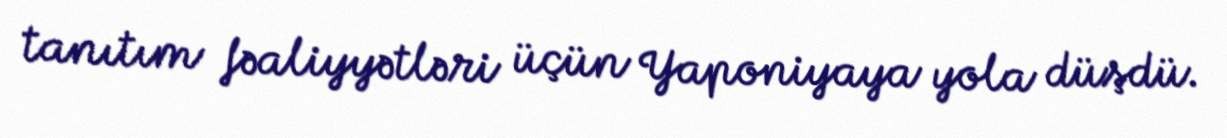
tanıtım fəaliyyətləri üçün Yaponiyaya yola düşdü.